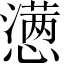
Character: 懑